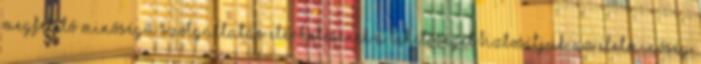
megfelelő minőségű szolgáltatás elérhetésének a lehetőségét biztosítjuk. Az életminőség